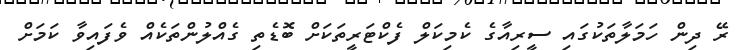
ރޭ ދިން ހަމަލާތަކުގައި ސީރިއާގެ ކެމިކަލް ފެކްޓަރީތަކަށް ބޮޑެތި ގެއްލުންތަކެއް ވެފައިވާ ކަމަށް